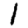
Digit: 1